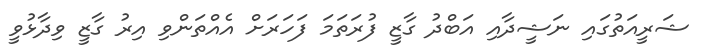
ޝަރީއަތުގައި ނަޝީދާއި އަބްދު ގާޒީ ފުރަތަމަ ފަހަރަށް އެއްތަންވި އިރު ގާޒީ ވިދާޅުވީ